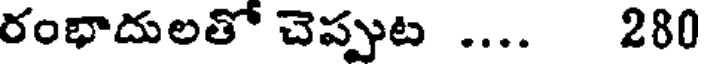
రంభాదులతో చెప్పుట .... 280